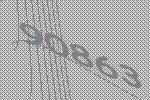
90863